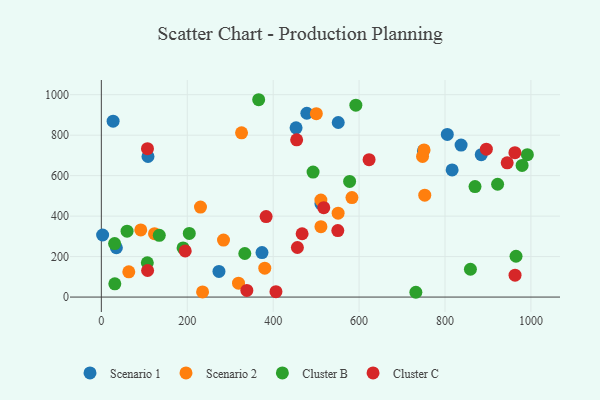
{"axis": {"x": "Study Hours", "y": "Demand"}, "legend": ["Cluster B", "Cluster C", "Scenario 1", "Scenario 2"], "data": [{"x": "273.8", "y": 126.6, "type": "Scenario 1"}, {"x": "35.0", "y": 243.8, "type": "Scenario 1"}, {"x": "453.3", "y": 836.4, "type": "Scenario 1"}, {"x": "478.4", "y": 908.2, "type": "Scenario 1"}, {"x": "27.4", "y": 869.2, "type": "Scenario 1"}, {"x": "884.4", "y": 703.6, "type": "Scenario 1"}, {"x": "837.5", "y": 751.2, "type": "Scenario 1"}, {"x": "805.4", "y": 803.5, "type": "Scenario 1"}, {"x": "551.5", "y": 862.5, "type": "Scenario 1"}, {"x": "816.6", "y": 628.3, "type": "Scenario 1"}, {"x": "108.6", "y": 694.5, "type": "Scenario 1"}, {"x": "374.0", "y": 219.8, "type": "Scenario 1"}, {"x": "3.0", "y": 306.8, "type": "Scenario 1"}, {"x": "749.8", "y": 722.7, "type": "Scenario 1"}, {"x": "511.2", "y": 461.7, "type": "Scenario 1"}, {"x": "747.8", "y": 694.9, "type": "Scenario 2"}, {"x": "284.4", "y": 281.8, "type": "Scenario 2"}, {"x": "551.2", "y": 414.3, "type": "Scenario 2"}, {"x": "91.8", "y": 331.6, "type": "Scenario 2"}, {"x": "63.9", "y": 124.8, "type": "Scenario 2"}, {"x": "752.9", "y": 503.6, "type": "Scenario 2"}, {"x": "511.1", "y": 479.2, "type": "Scenario 2"}, {"x": "500.5", "y": 906.3, "type": "Scenario 2"}, {"x": "319.3", "y": 68.9, "type": "Scenario 2"}, {"x": "326.4", "y": 811.5, "type": "Scenario 2"}, {"x": "123.8", "y": 313.4, "type": "Scenario 2"}, {"x": "230.8", "y": 444.8, "type": "Scenario 2"}, {"x": "751.3", "y": 727.0, "type": "Scenario 2"}, {"x": "235.7", "y": 25.2, "type": "Scenario 2"}, {"x": "380.5", "y": 142.8, "type": "Scenario 2"}, {"x": "583.4", "y": 491.7, "type": "Scenario 2"}, {"x": "511.2", "y": 347.9, "type": "Scenario 2"}, {"x": "979.5", "y": 650.3, "type": "Cluster B"}, {"x": "922.5", "y": 557.5, "type": "Cluster B"}, {"x": "592.5", "y": 948.3, "type": "Cluster B"}, {"x": "366.3", "y": 975.1, "type": "Cluster B"}, {"x": "991.8", "y": 703.7, "type": "Cluster B"}, {"x": "859.2", "y": 137.4, "type": "Cluster B"}, {"x": "869.9", "y": 546.0, "type": "Cluster B"}, {"x": "578.0", "y": 571.3, "type": "Cluster B"}, {"x": "59.9", "y": 325.5, "type": "Cluster B"}, {"x": "107.0", "y": 169.5, "type": "Cluster B"}, {"x": "30.9", "y": 264.4, "type": "Cluster B"}, {"x": "334.0", "y": 215.3, "type": "Cluster B"}, {"x": "732.2", "y": 23.7, "type": "Cluster B"}, {"x": "134.9", "y": 305.2, "type": "Cluster B"}, {"x": "31.4", "y": 65.5, "type": "Cluster B"}, {"x": "204.7", "y": 314.5, "type": "Cluster B"}, {"x": "492.9", "y": 617.4, "type": "Cluster B"}, {"x": "965.4", "y": 201.6, "type": "Cluster B"}, {"x": "190.3", "y": 243.0, "type": "Cluster B"}, {"x": "550.5", "y": 328.7, "type": "Cluster C"}, {"x": "107.7", "y": 131.4, "type": "Cluster C"}, {"x": "623.3", "y": 679.1, "type": "Cluster C"}, {"x": "467.4", "y": 312.9, "type": "Cluster C"}, {"x": "517.8", "y": 441.5, "type": "Cluster C"}, {"x": "962.8", "y": 713.3, "type": "Cluster C"}, {"x": "963.1", "y": 108.2, "type": "Cluster C"}, {"x": "107.4", "y": 733.3, "type": "Cluster C"}, {"x": "944.8", "y": 663.1, "type": "Cluster C"}, {"x": "454.7", "y": 777.0, "type": "Cluster C"}, {"x": "406.5", "y": 26.7, "type": "Cluster C"}, {"x": "383.6", "y": 397.6, "type": "Cluster C"}, {"x": "338.7", "y": 32.9, "type": "Cluster C"}, {"x": "195.3", "y": 228.0, "type": "Cluster C"}, {"x": "896.3", "y": 730.8, "type": "Cluster C"}, {"x": "456.4", "y": 245.0, "type": "Cluster C"}]}